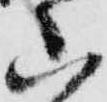
山